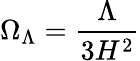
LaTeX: \Omega_{\Lambda}=\frac{\Lambda}{3H^{2}}